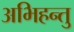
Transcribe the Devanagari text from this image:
अभिहन्तु